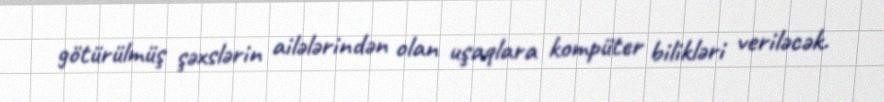
götürülmüş şəxslərin ailələrindən olan uşaqlara kompüter bilikləri veriləcək.